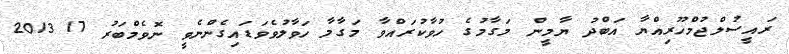
ރައީސުލްޖުމްހޫރިއްޔާ އަބްދު ޔާމީން މަގާމުގެ ހުވާކުރައްވާ މަގާމާ ހަވާލުވެވަޑައިގެންނެވީ ނޮވެމްބަރު 17 2013